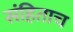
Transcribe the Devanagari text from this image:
संहिताच